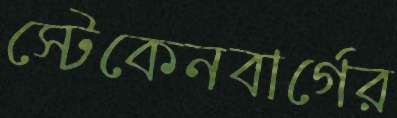
স্টেকেনবার্গের